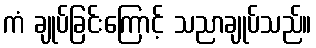
ကံ ချုပ်ခြင်းကြောင့် သညာချုပ်သည်။